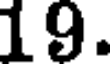
19.